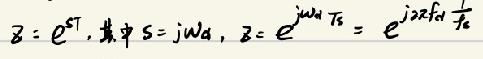
$z = e^{sT_s},$其中$s = j\omega_d,z = e^{j\omega_d T_s}=e^{j2\pi f_d\frac{1}{f_s}}$